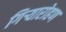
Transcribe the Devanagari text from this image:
गिऱ्यारोहण